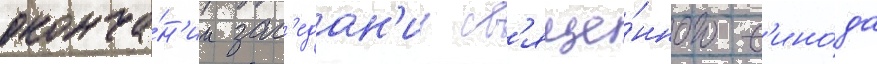
оконча́н'ии зас'едан'ии св'яще́нного с'ино́да